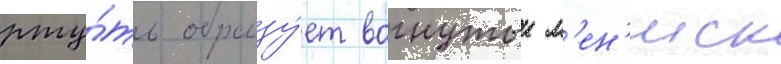
рту́ть образу́ет вогнутыи м'ен'иск